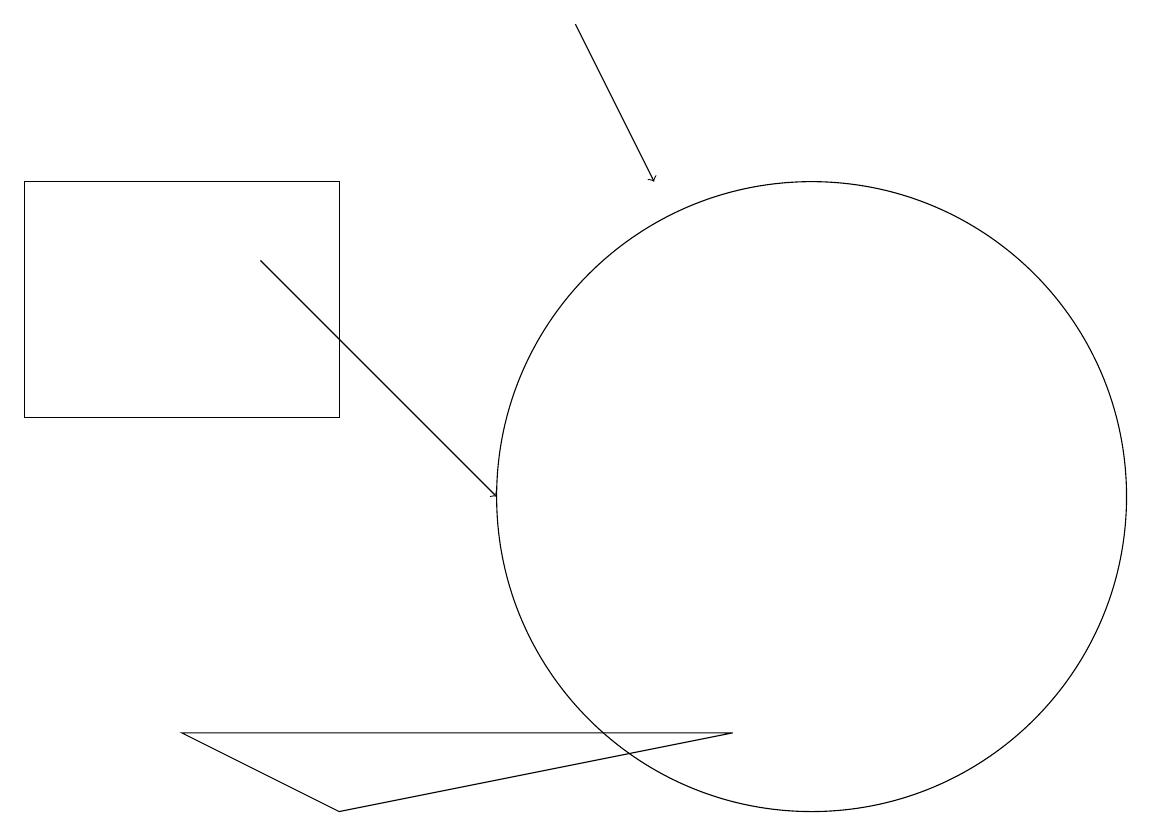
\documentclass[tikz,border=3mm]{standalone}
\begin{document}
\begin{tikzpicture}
\draw[->] (3,14) -- (6,11);
\draw (4,7) -- (2,8) -- (9,8) -- cycle;
\draw[->] (7,17) -- (8,15);
\draw (10,11) circle (4);
\draw (0,12) rectangle (4,15);
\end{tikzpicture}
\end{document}